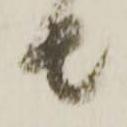
者